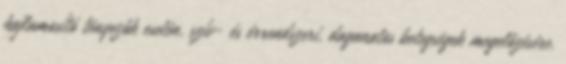
hajlamosító tényezők esetén, szív- és érrendszeri, daganatos betegségek megelőzésére.